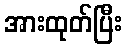
အားထုတ်ပြီး